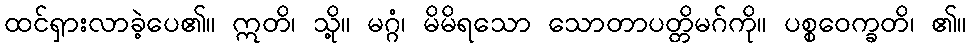
ထင်ရှားလာခဲ့ပေ၏။ ဣတိ၊ သို့။ မဂ္ဂံ၊ မိမိရသော သောတာပတ္တိမဂ်ကို။ ပစ္စဝေက္ခတိ၊ ၏။